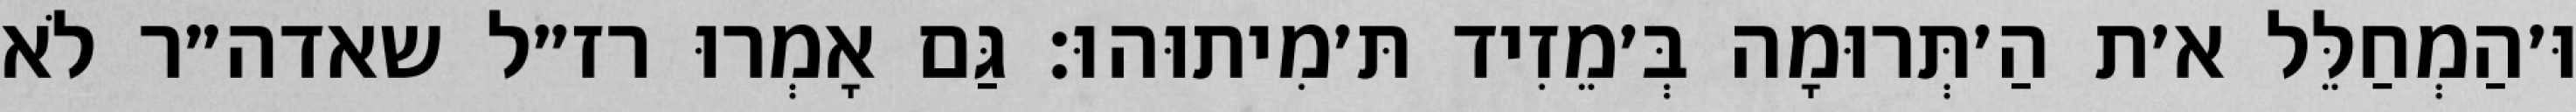
וּ׳הַמְחַלֵּל א׳ת הַ׳תְּרוּמָה בְּ׳מֵזִיד תּ׳מִיתוּהוּ: גַּם אָמְרוּ רז״ל שאדה״ר לֹא